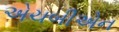
એચબીએન